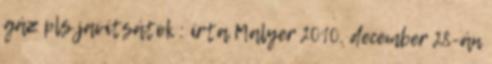
gáz pls javítsátok : írta Malyer 2010. december 28-án